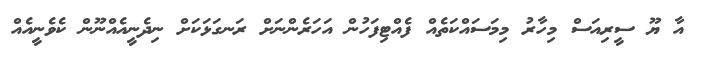
އާ ޔޫ ސީރިއަސް މިހާރު މިމަސައްކަތެއް ފެއްޓިފަހުން އަހަރެންނަށް ރަނގަޅަކަށް ނިދެނީއެއްނޫން ކެވެނީއެއް